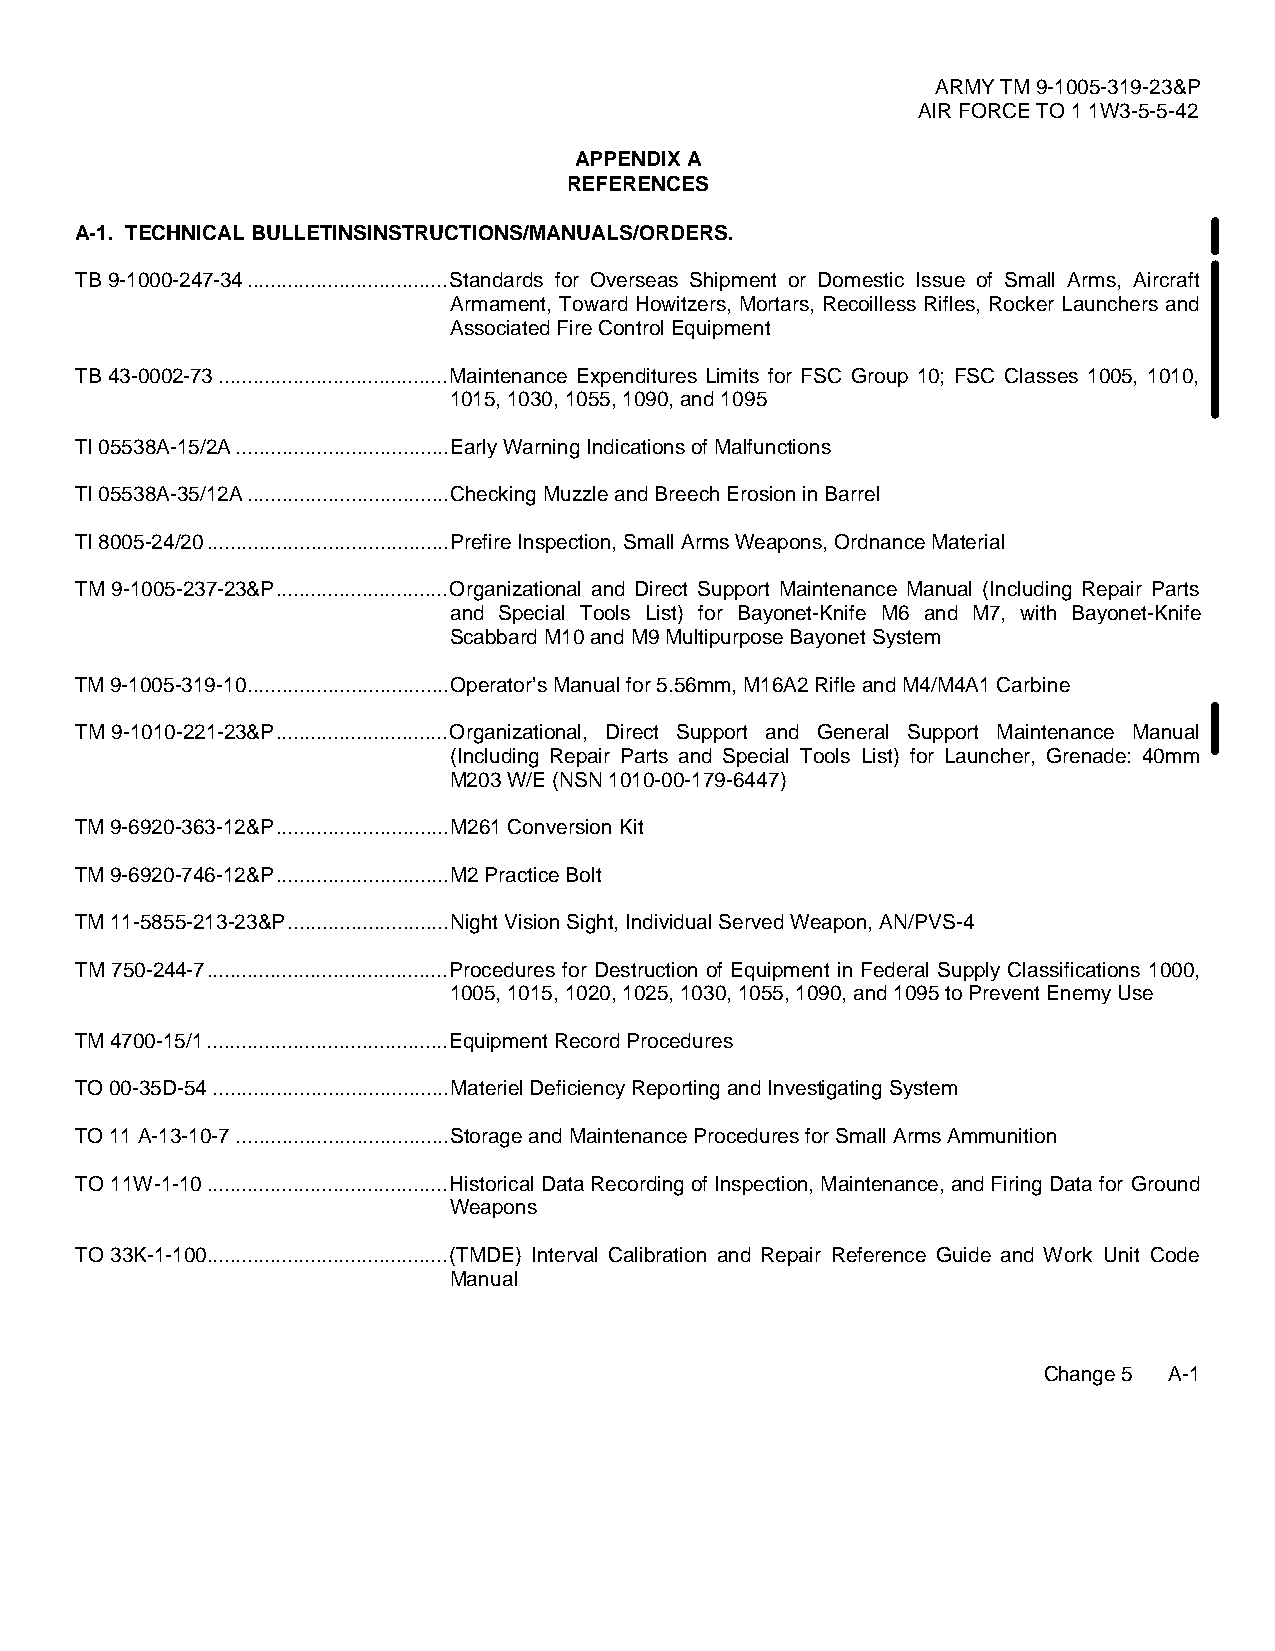
ARMY TM 9-1005-319-23&P
 AIR FORCE TO 1 1W3-5-5-42
 APPENDIX A
 REFERENCES
 A-1. TECHNICAL BULLETINSINSTRUCTIONS/MANUALS/ORDERS.
 TB 9-1000-247-34...................................Standards for Overseas Shipment or Domestic Issue of Small Arms, Aircraft
 Armament, Toward Howitzers, Mortars, Recoilless Rifles, Rocker Launchers and
 Associated Fire Control Equipment
 TB 43-0002-73........................................Maintenance Expenditures Limits for FSC Group 10; FSC Classes 1005, 1010,
 1015, 1030, 1055, 1090, and 1095
 TI 05538A-15/2A.....................................Early Warning Indications of Malfunctions
 TI 05538A-35/12A...................................Checking Muzzle and Breech Erosion in Barrel
 TI 8005-24/20..........................................Prefire Inspection, Small Arms Weapons, Ordnance Material
 TM 9-1005-237-23&P..............................Organizational and Direct Support Maintenance Manual (Including Repair Parts
 and Special Tools List) for Bayonet-Knife M6 and M7, with Bayonet-Knife
 Scabbard M10 and M9 Multipurpose Bayonet System
 TM 9-1005-319-10...................................Operator’s Manual for 5.56mm, M16A2 Rifle and M4/M4A1 Carbine
 TM 9-1010-221-23&P..............................Organizational, Direct Support and General Support Maintenance Manual
 (Including Repair Parts and Special Tools List) for Launcher, Grenade: 40mm
 M203 W/E (NSN 1010-00-179-6447)
 TM 9-6920-363-12&P..............................M261 Conversion Kit
 TM 9-6920-746-12&P..............................M2 Practice Bolt
 TM 11-5855-213-23&P............................Night Vision Sight, Individual Served Weapon, AN/PVS-4
 TM 750-244-7..........................................Procedures for Destruction of Equipment in Federal Supply Classifications 1000,
 1005, 1015, 1020, 1025, 1030, 1055, 1090, and 1095 to Prevent Enemy Use
 TM 4700-15/1..........................................Equipment Record Procedures
 TO 00-35D-54.........................................Materiel Deficiency Reporting and Investigating System
 TO 11 A-13-10-7.....................................Storage and Maintenance Procedures for Small Arms Ammunition
 TO 11W-1-10..........................................Historical Data Recording of Inspection, Maintenance, and Firing Data for Ground
 Weapons
 TO 33K-1-100..........................................(TMDE) Interval Calibration and Repair Reference Guide and Work Unit Code
 Manual
 Change 5 A-1